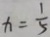
x = \frac { 1 } { 5 }